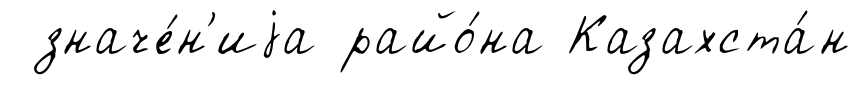
значе́н'иjа райо́на Казахста́н